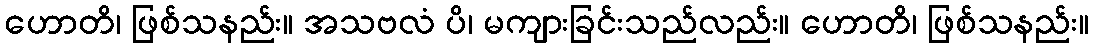
ဟောတိ၊ ဖြစ်သနည်း။ အသဗလံ ပိ၊ မကျားခြင်းသည်လည်း။ ဟောတိ၊ ဖြစ်သနည်း။